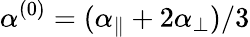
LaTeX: \alpha^{(0)}=(\alpha_{\parallel}+2\alpha_{\perp})/3